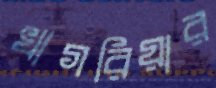
খাগরিয়ার